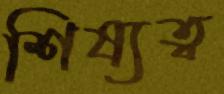
শিষ্যত্ব